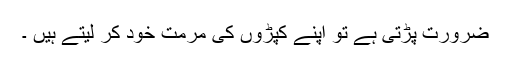
ضرورت پڑتی ہے تو اپنے کپڑوں کی مرمت خود کر لیتے ہیں ۔